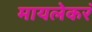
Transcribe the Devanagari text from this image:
मायलेकरं